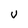
Character: U